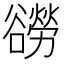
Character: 𧯍